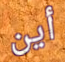
أين